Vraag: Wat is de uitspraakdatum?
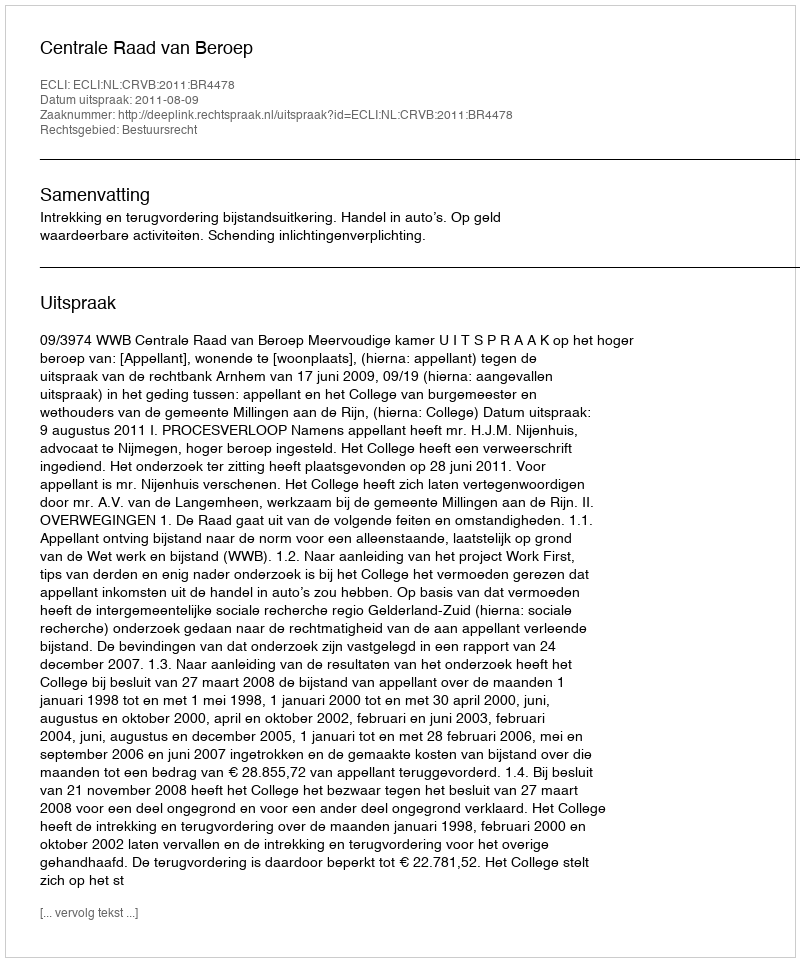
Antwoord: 2011-08-09